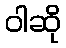
ဝါဆို